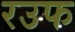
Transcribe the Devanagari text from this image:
रउफ